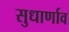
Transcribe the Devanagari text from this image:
सुधार्णाव